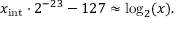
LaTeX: x _ { \mathrm { i n t } } \cdot 2 ^ { - 2 3 } - 1 2 7 \approx \log _ { 2 } ( x ) .